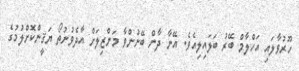
ހޫރުވާލައި އަހްލާމް ބޭރު ބަލައިލިއެވެ. އޭނާ ދާން ބޭނުންވާ މަންޒިލަށް އާދެވުނުތޯ ޔަޤީންކޮށްލުމުގެ